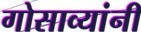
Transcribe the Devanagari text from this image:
गोसाव्यांनी